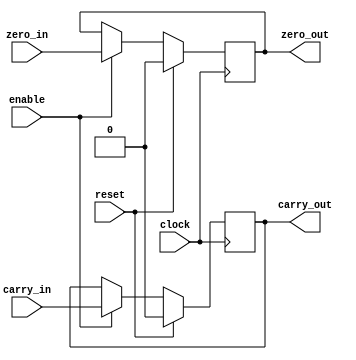
module CCR(carry_out, zero_out, carry_in, zero_in, enable, clock, reset);
output reg carry_out, zero_out;
input carry_in, zero_in, enable, clock, reset;

always @(posedge clock)
begin

if(! reset)
	begin
		if(enable)
		begin
			carry_out <= carry_in;
			zero_out <= zero_in;
		end
	end
else
	begin
		carry_out <= 1'b0;
		zero_out <= 1'b0;
	end

end

endmodule